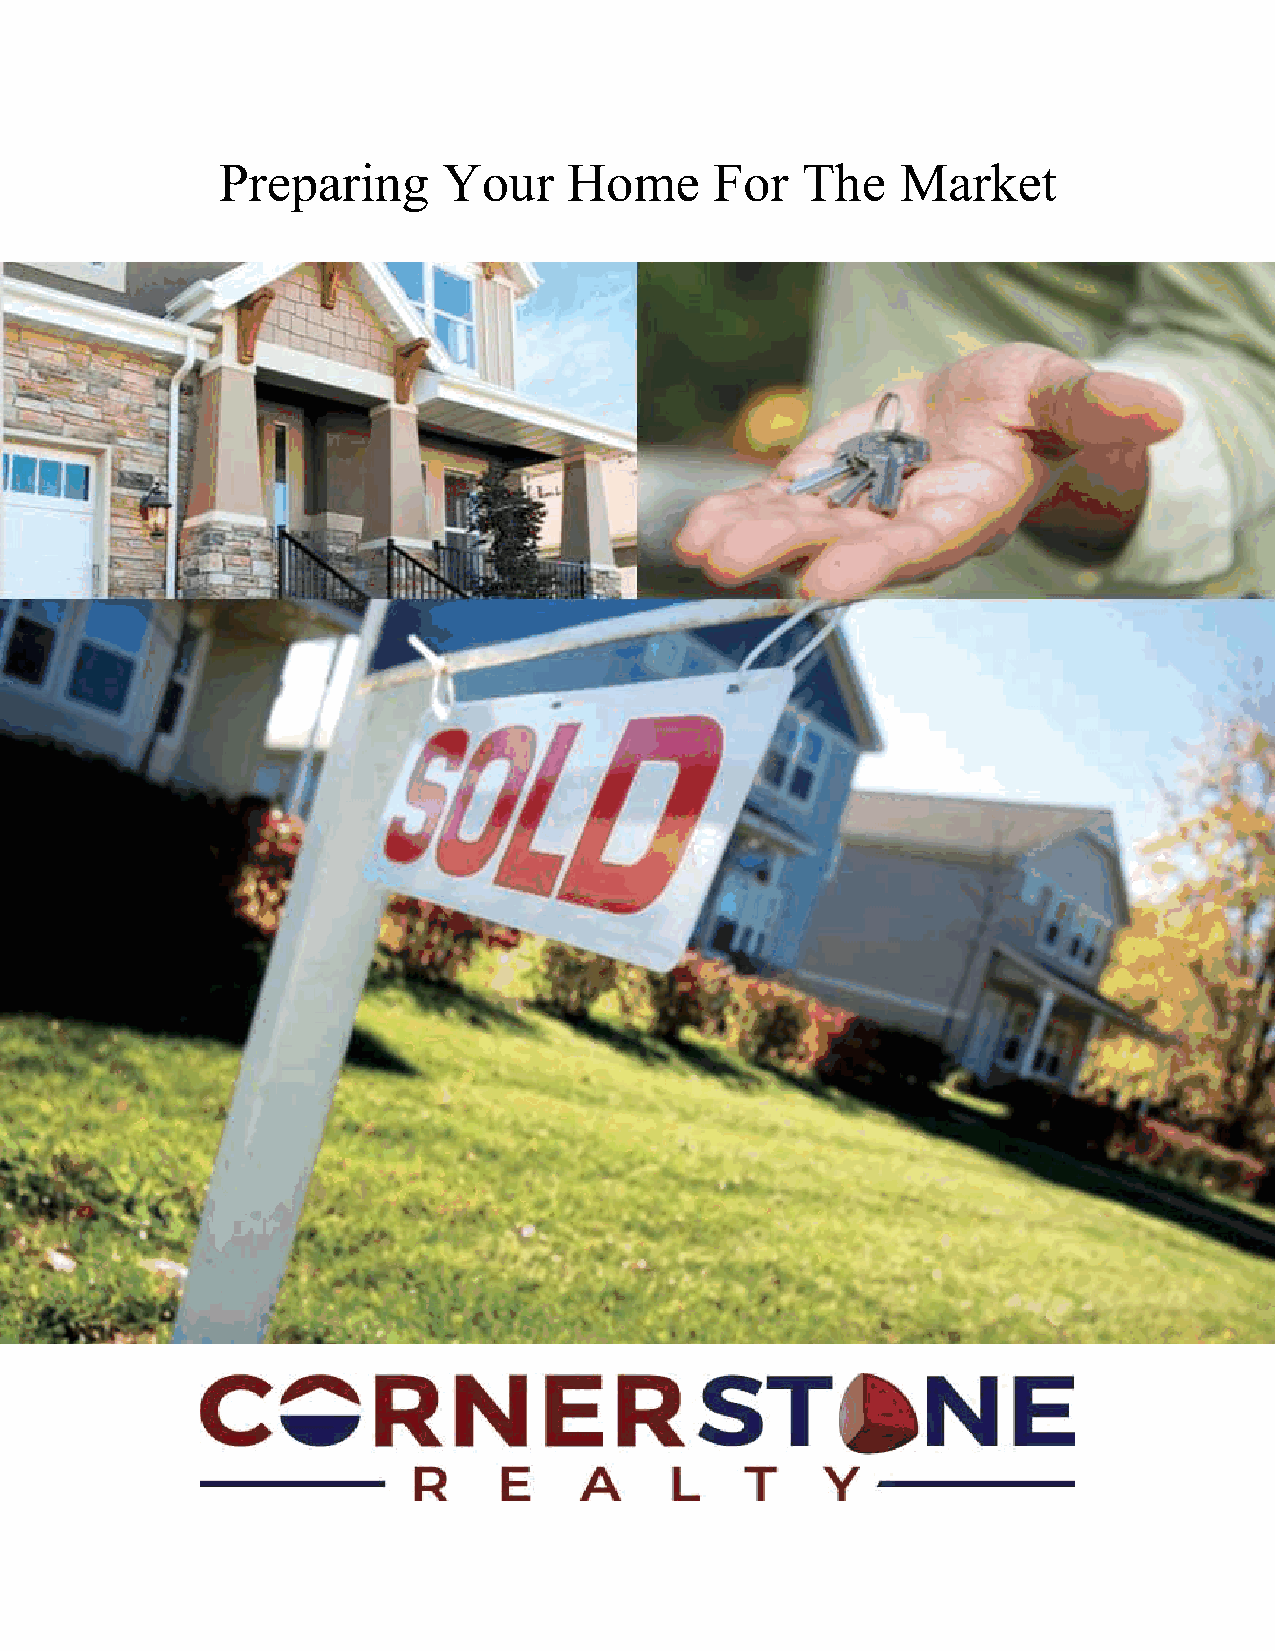
Preparing      Your     Home     For   The    Market